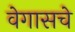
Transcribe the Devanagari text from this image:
वेगासचे